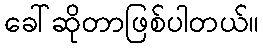
ခေါ်ဆိုတာဖြစ်ပါတယ်။